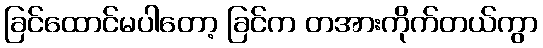
ခြင်ထောင်မပါတော့ ခြင်က တအားကိုက်တယ်ကွာ